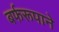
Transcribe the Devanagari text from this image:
बर्फरूपाने